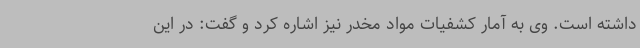
داشته است. وی به آمار کشفیات مواد مخدر نیز اشاره کرد و گفت: در این